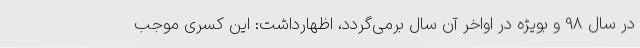
در سال 98 و بویژه در اواخر آن سال برمی‌گردد، اظهارداشت: این کسری موجب